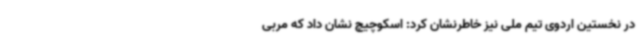
در نخستین اردوی تیم ملی نیز خاطرنشان کرد: اسکوچیچ نشان داد که مربی